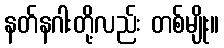
နတ်နဂါးတို့လည်း တစ်မျိုး။